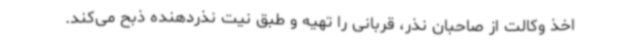
اخذ وکالت از صاحبان نذر، قربانی را تهیه و طبق نیت نذردهنده ذبح می‌کند.